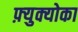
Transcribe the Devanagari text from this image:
फ़्युक्योका